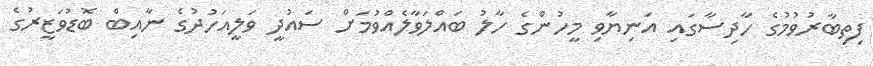
ފިތިބާރުވުމުގެ ހާދިސާގައި އަނިޔާވި މީހުންގެ ހާލު ބައްލަވާލެއްވުމަށް ސައުދީ ވަލީއަހުދުގެ ނާއިބް ބޮޑުވަޒީރުގެ